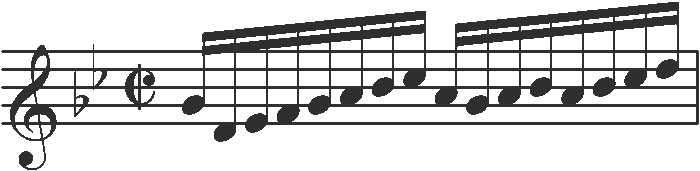
Transcription: clef-G1 keySignature-BbM timeSignature-C/ note-Bb4_sixteenth note-F4_sixteenth note-G4_sixteenth note-A4_sixteenth note-Bb4_sixteenth note-C5_sixteenth note-D5_sixteenth note-Eb5_sixteenth note-C5_sixteenth note-Bb4_sixteenth note-C5_sixteenth note-D5_sixteenth note-C5_sixteenth note-D5_sixteenth note-Eb5_sixteenth note-F5_sixteenth barline